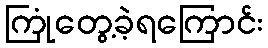
ကြုံတွေ့ခဲ့ရကြောင်း